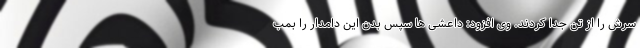
سرش را از تن جدا کردند. وی افزود: داعشی ها سپس بدن این دامدار را بمب